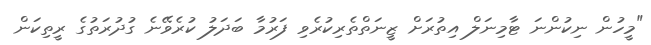
"މީހުން ނިކުންނަ ޓާމިނަލް އިތުރަށް ޒީނަތްތެރިކުރެވި ފަރުމާ ބަދަލު ކުރެވޭނެ ގުދުރަތުގެ ރީތިކަން